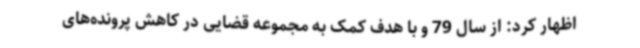
اظهار کرد: از سال 79 و با هدف کمک به مجموعه قضایی در کاهش پرونده‌های